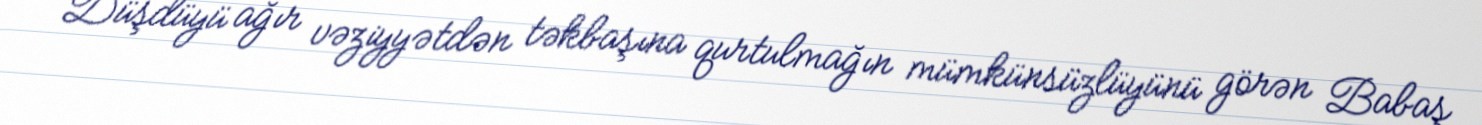
Düşdüyü ağır vəziyyətdən təkbaşına qurtulmağın mümkünsüzlüyünü görən Babaş